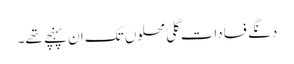
دنگے فسادات گلی محلوں تک ان پہنچے تھے۔